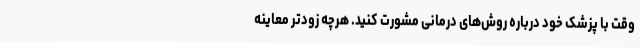
وقت با پزشک خود دربارهٔ روش‌های درمانی مشورت کنید. هرچه زودتر معاینه